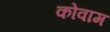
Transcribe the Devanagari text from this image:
कोवाम